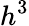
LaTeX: h^{3}